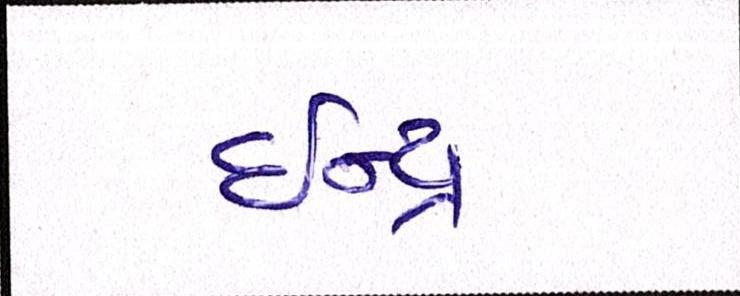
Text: ઈન્દ્ર